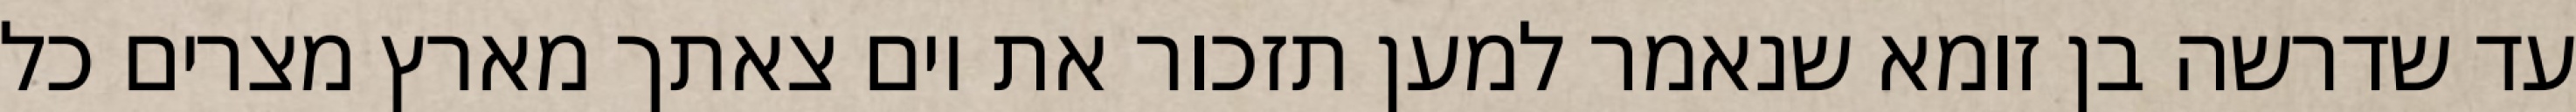
עד שדרשה בן זומא שנאמר למען תזכור את יום צאתך מארץ מצרים כל